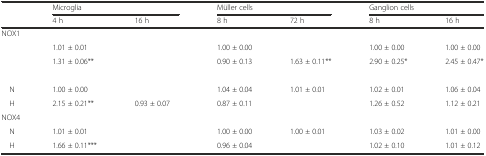
<table><thead><tr><td>[EMPTY_CELL]</td><td colspan="2"><b>Microglia</b></td><td colspan="2"><b>Müller cells</b></td><td colspan="2"><b>Ganglion cells</b></td></tr><tr><td>[EMPTY_CELL]</td><td><b>4 h</b></td><td><b>16 h</b></td><td><b>8 h</b></td><td><b>72 h</b></td><td><b>8 h</b></td><td><b>16 h</b></td></tr></thead><tbody><tr><td colspan="7">NOX1</td></tr><tr><td>[EMPTY_CELL]</td><td>1.01 ± 0.01</td><td>[EMPTY_CELL]</td><td>1.00 ± 0.00</td><td>[EMPTY_CELL]</td><td>1.00 ± 0.00</td><td>1.00 ± 0.00</td></tr><tr><td>[EMPTY_CELL]</td><td>1.31 ± 0.06**</td><td>[EMPTY_CELL]</td><td>0.90 ± 0.13</td><td>1.63 ± 0.11**</td><td>2.90 ± 0.25*</td><td>2.45 ± 0.47*</td></tr><tr><td colspan="7">[EMPTY_CELL]</td></tr><tr><td> N</td><td>1.00 ± 0.00</td><td>[EMPTY_CELL]</td><td>1.04 ± 0.04</td><td>1.01 ± 0.01</td><td>1.02 ± 0.01</td><td>1.06 ± 0.04</td></tr><tr><td> H</td><td>2.15 ± 0.21**</td><td>0.93 ± 0.07</td><td>0.87 ± 0.11</td><td>[EMPTY_CELL]</td><td>1.26 ± 0.52</td><td>1.12 ± 0.21</td></tr><tr><td colspan="7">NOX4</td></tr><tr><td> N</td><td>1.01 ± 0.01</td><td>[EMPTY_CELL]</td><td>1.00 ± 0.00</td><td>1.00 ± 0.01</td><td>1.03 ± 0.02</td><td>1.01 ± 0.00</td></tr><tr><td> H</td><td>1.66 ± 0.11***</td><td>[EMPTY_CELL]</td><td>0.96 ± 0.04</td><td>[EMPTY_CELL]</td><td>1.02 ± 0.10</td><td>1.01 ± 0.12</td></tr></tbody></table>